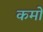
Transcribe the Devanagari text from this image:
कमों